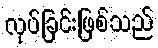
လုပ်ခြင်းဖြစ်သည်